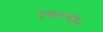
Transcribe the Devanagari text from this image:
एेकनार्याला